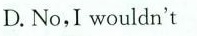
D. No,I wouldn't